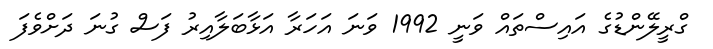
ގްރީލޭންޑުގެ އައިސްތައް ވަނީ 1992 ވަނަ އަހަރާ އަޅާބަލާއިރު ފަސް ގުނަ ދަށްވެފަ